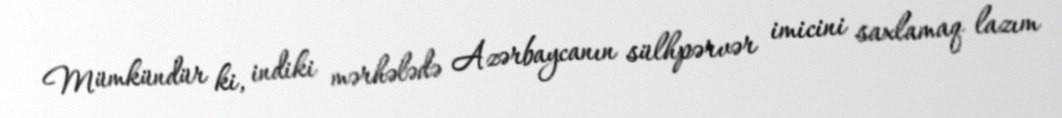
Mümkündür ki, indiki mərhələdə Azərbaycanın sülhpərvər imicini saxlamaq lazım